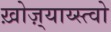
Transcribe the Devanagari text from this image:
ख़ोज़्याय्स्त्वो